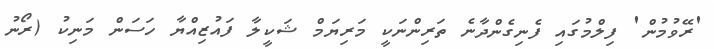
'ރޭވުމުން' ފިލްމުގައި ފެނިގެންދާނެ ތަރިންނަކީ މަރިޔަމް ޝަކީލާ ފައުޒިއްޔާ ހަސަން މަނިކު (ރޯނު